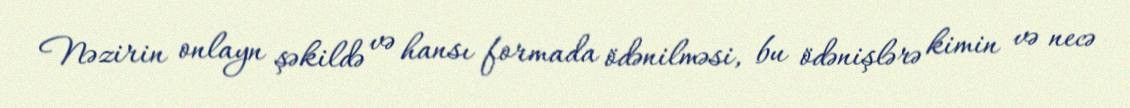
Nəzirin onlayn şəkildə və hansı formada ödənilməsi, bu ödənişlərə kimin və necə